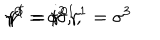
\gamma ^ { 0 } = \sigma ^ { 2 } , \hspace { 1 c m } \gamma ^ { 1 } = i \sigma ^ { 1 } , \hspace { 1 c m } \gamma ^ { 5 } = \gamma ^ { 0 } \gamma ^ { 1 } = \sigma ^ { 3 }